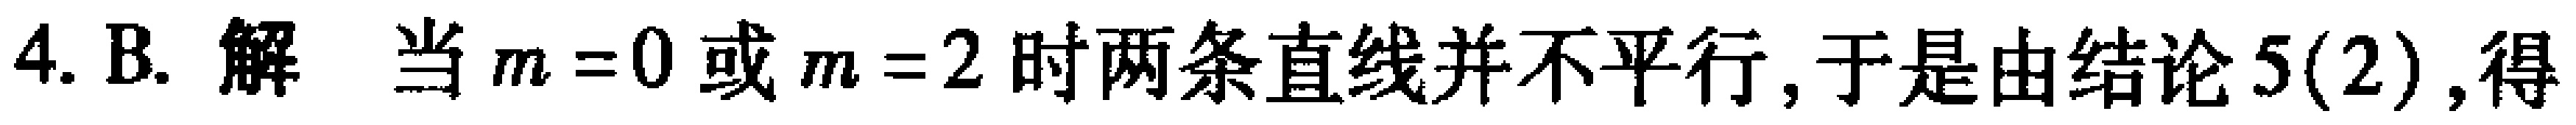
4. B. 解 当 \(m = 0\) 或 \(m = 2\) 时两条直线并不平行, 于是由结论 \(5(2)\), 得